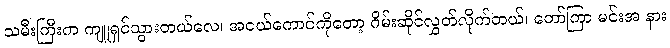
သမီးကြီးက ကျူရှင်သွားတယ်လေ၊ အငယ်ကောင်ကိုတော့ ဂိမ်းဆိုင်လွှတ်လိုက်တယ်၊ တော်ကြာ မင်းအ နား